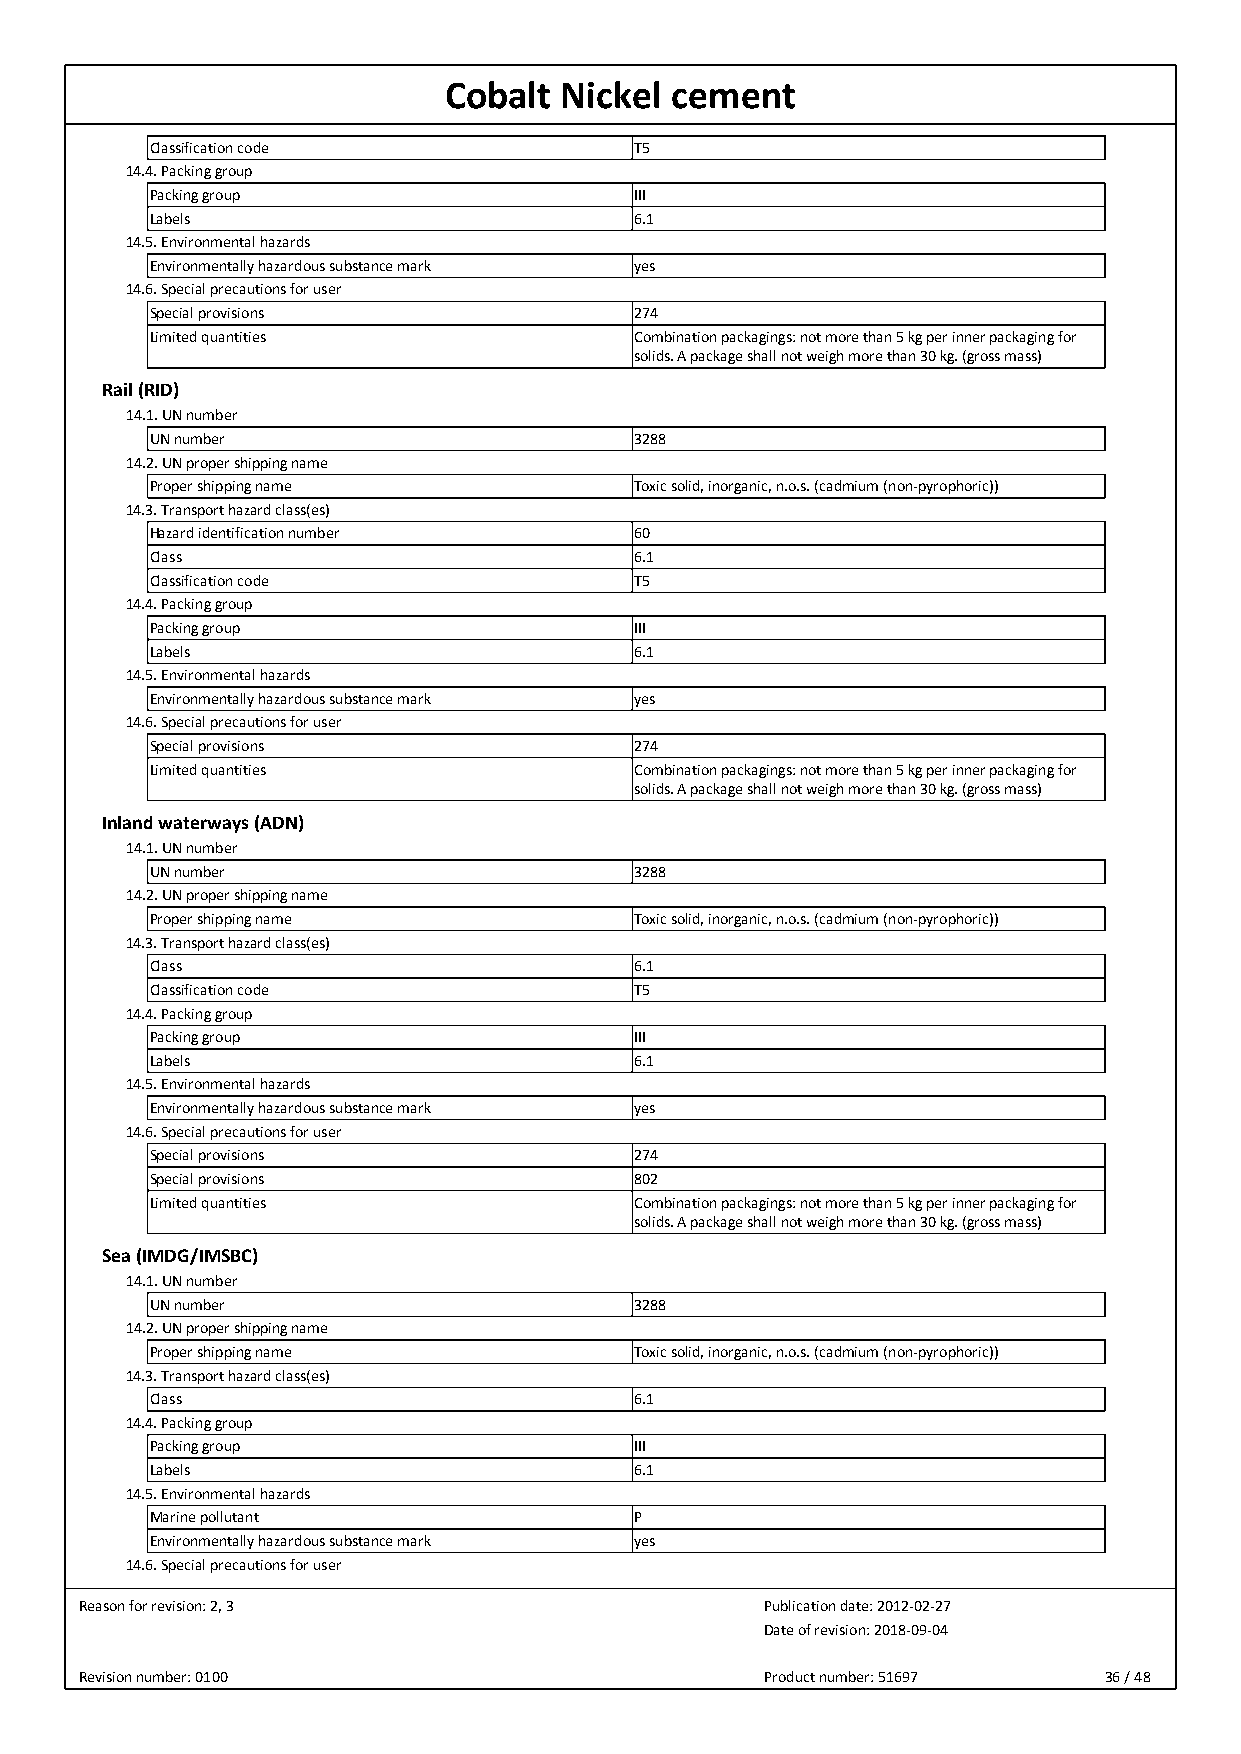
Cobalt  Nickel cement
 Classification code             T5
 14.4. Packing group
 Packing group                   III
 Labels                          6.1
 14.5. Environmental hazards
 Environmentally hazardous substance mark yes
 14.6. Special precautions for user
 Special provisions              274
 Limited quantities              Combination packagings: not more than 5 kg per inner packaging for
 solids. A package shall not weigh more than 30 kg. (gross mass)
 Rail (RID)
 14.1. UN number
 UN number                       3288
 14.2. UN proper shipping name
 Proper shipping name            Toxic solid, inorganic, n.o.s. (cadmium (non-pyrophoric))
 14.3. Transport hazard class(es)
 Hazard identification number    60
 Class                           6.1
 Classification code             T5
 14.4. Packing group
 Packing group                   III
 Labels                          6.1
 14.5. Environmental hazards
 Environmentally hazardous substance mark yes
 14.6. Special precautions for user
 Special provisions              274
 Limited quantities              Combination packagings: not more than 5 kg per inner packaging for
 solids. A package shall not weigh more than 30 kg. (gross mass)
 Inland waterways (ADN)
 14.1. UN number
 UN number                       3288
 14.2. UN proper shipping name
 Proper shipping name            Toxic solid, inorganic, n.o.s. (cadmium (non-pyrophoric))
 14.3. Transport hazard class(es)
 Class                           6.1
 Classification code             T5
 14.4. Packing group
 Packing group                   III
 Labels                          6.1
 14.5. Environmental hazards
 Environmentally hazardous substance mark yes
 14.6. Special precautions for user
 Special provisions              274
 Special provisions              802
 Limited quantities              Combination packagings: not more than 5 kg per inner packaging for
 solids. A package shall not weigh more than 30 kg. (gross mass)
 Sea (IMDG/IMSBC)
 14.1. UN number
 UN number                       3288
 14.2. UN proper shipping name
 Proper shipping name            Toxic solid, inorganic, n.o.s. (cadmium (non-pyrophoric))
 14.3. Transport hazard class(es)
 Class                           6.1
 14.4. Packing group
 Packing group                   III
 Labels                          6.1
 14.5. Environmental hazards
 Marine pollutant                P
 Environmentally hazardous substance mark yes
 14.6. Special precautions for user
 Reason for revision: 2, 3                     Publication date: 2012-02-27
 Date of revision: 2018-09-04
 Revision number: 0100                         Product number: 51697 36 / 48